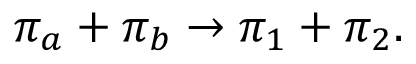
\pi _ { a } + \pi _ { b } \rightarrow \pi _ { 1 } + \pi _ { 2 } .